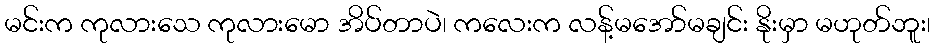
မင်းက ကုလားသေ ကုလားမော အိပ်တာပဲ၊ ကလေးက လန့်မအော်မချင်း နိုးမှာ မဟုတ်ဘူး၊